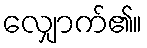
လျှောက်၏။